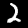
Digit: 2